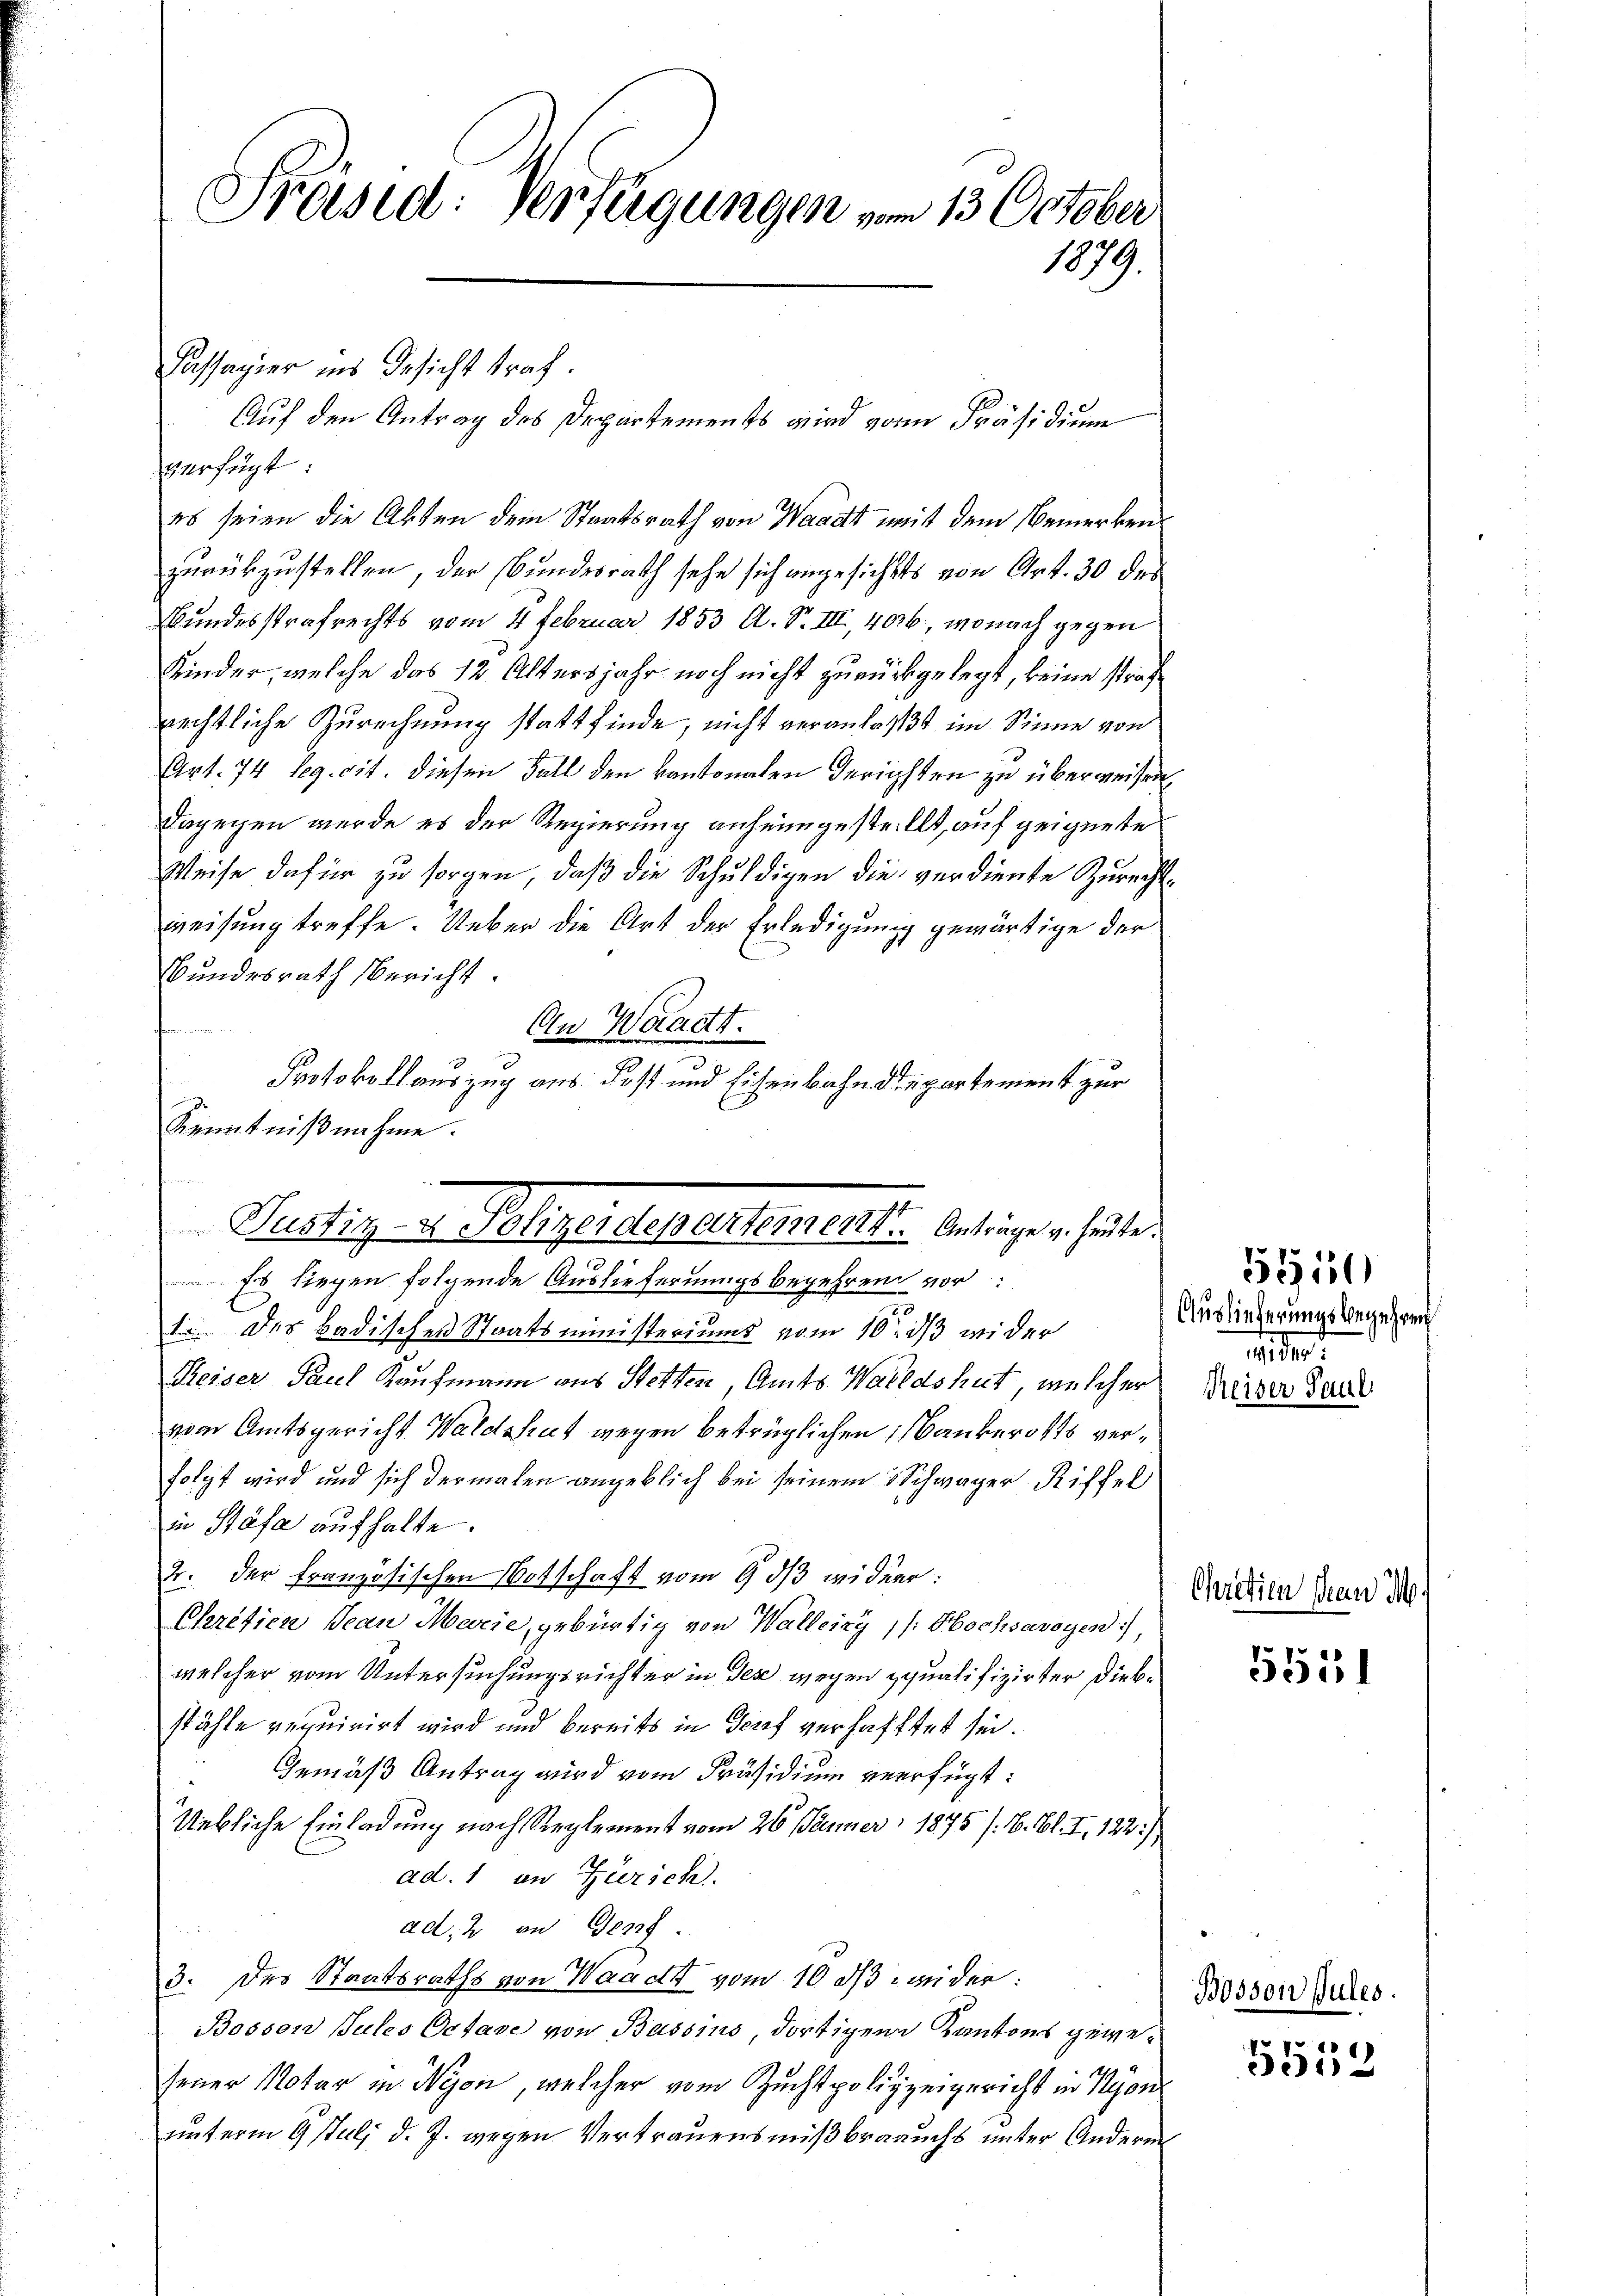
verfügt
es seien die Akten dem Staatsrath von Waadt mit dem Bemerken
zurükzustellen, der Bundesrath sehe sich angesichts von Art. 30 des
Bundesstrafrechts vom 4. Februar 1853 A. S. III, 4036, wonach gegen
Kinder, welche das 12 Altersjahr noch nicht zurückgelegt, keine strafrechtliche Zurechnung stattfinde, nicht veranlaßt im Sinne von
Art. 74 Reg. cit. diesen Fall den kantonalen Gerichsten zu überweisen,
Dagegen werde es der Regierung anheimgestellt, auf zeignete
Weise dafür zu sorgen, daß die Schuldigen die verdiente Zurechtweisung treffe. Ueber die Art der Erledigung gewärtige der
Bundesrath Bericht.
An Waadt.
3
.
Protokollauszug aus dos und Eisenbahndepartement zur
Kenntnißnahme.

Präsid. Verfügungen vom 13. October
1879.

Cassagier ins Gesicht straf.
Auf den Antrag des Departements wird von Präsidium

t des Badischen Staatsministeriums vom 10. dß wider
Reiser Paul Kaufmann aus Stetten, Amts Waldshut, welcher
vom Amtsgericht Waldshut wegen betrüglichen Nankerotts verfolgt wird und sich dermalen angeblich bei seinem 3 Schwager Riffel
in Stäfa aufhalte.
2. Der französischen Botschaft vom 9 dß widmer:
Charitien Jean Mevie, gebürtig von Walleiny, /: Hochsavoyen)
welcher vom Untersuchungsrichter in den wegen qualifizirter Diebstähle requirirt wird und bereits in Dorf verhafftet sei.
Gemäß Antrag wird vom Präsidium verfügt:
Uebliche Einladung nach Reglement vom 26. Jänner 1875 / B. Bl. I. 122.)
ad. 1 an Zürich.
ad, 2 an Genf
3. des Staatsraths von Waadt vom 10 dß wider:
Bossen Jules Octave von Bassins, dortigen Kantons gewesener Notar in Nyon, welcher vom Zuchtpolizeigericht in Nyon
unterm 9 Juli d. J. wegen Vertrauensmißbrauchs unter Anderen

Justiz u. Polizeidementementi.  Antrages v. heute.
Es liegen folgende Auslieferungsbegehrend vor:

Auslieferungsbegehre

Reiser Paul

5910

Cretien Jean M.

5551

Bosson Jules.

5512